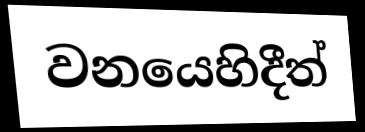
වනයෙහිදීත්